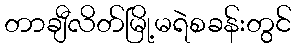
တာချီလိတ်မြို့မရဲစခန်းတွင်